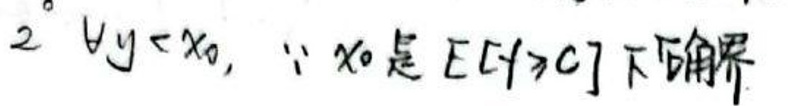
\(2^{\circ}\forall y<x_{0},\because x_{0}\text{是}E[f>c]\text{下确界}\)